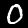
Digit: 0